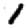
Digit: 1